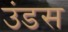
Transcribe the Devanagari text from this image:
उंडस